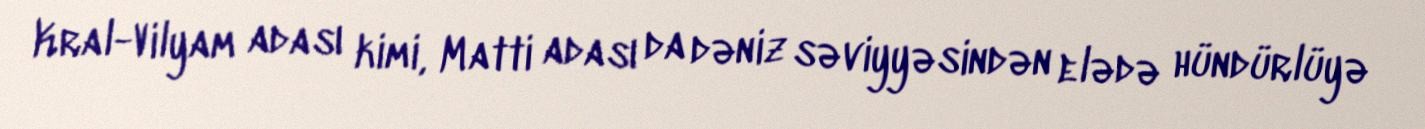
Kral-Vilyam adası kimi, Matti adası da dəniz səviyyəsindən elədə hündürlüyə